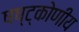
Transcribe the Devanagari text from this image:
षष्ट्कोणीय